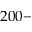
2 0 0 -